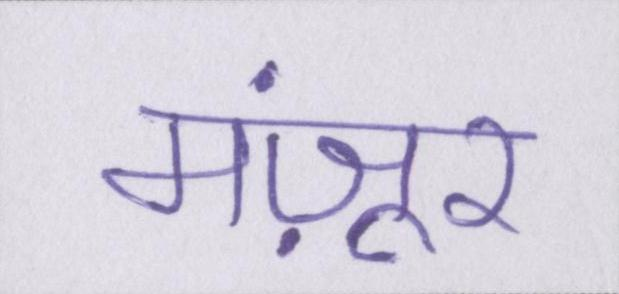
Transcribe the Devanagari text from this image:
मंज़ूर